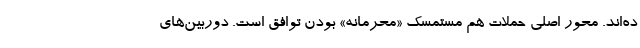
ده‌اند. محور اصلی حملات هم مستمسک «محرمانه» بودن توافق است. دوربین‌های